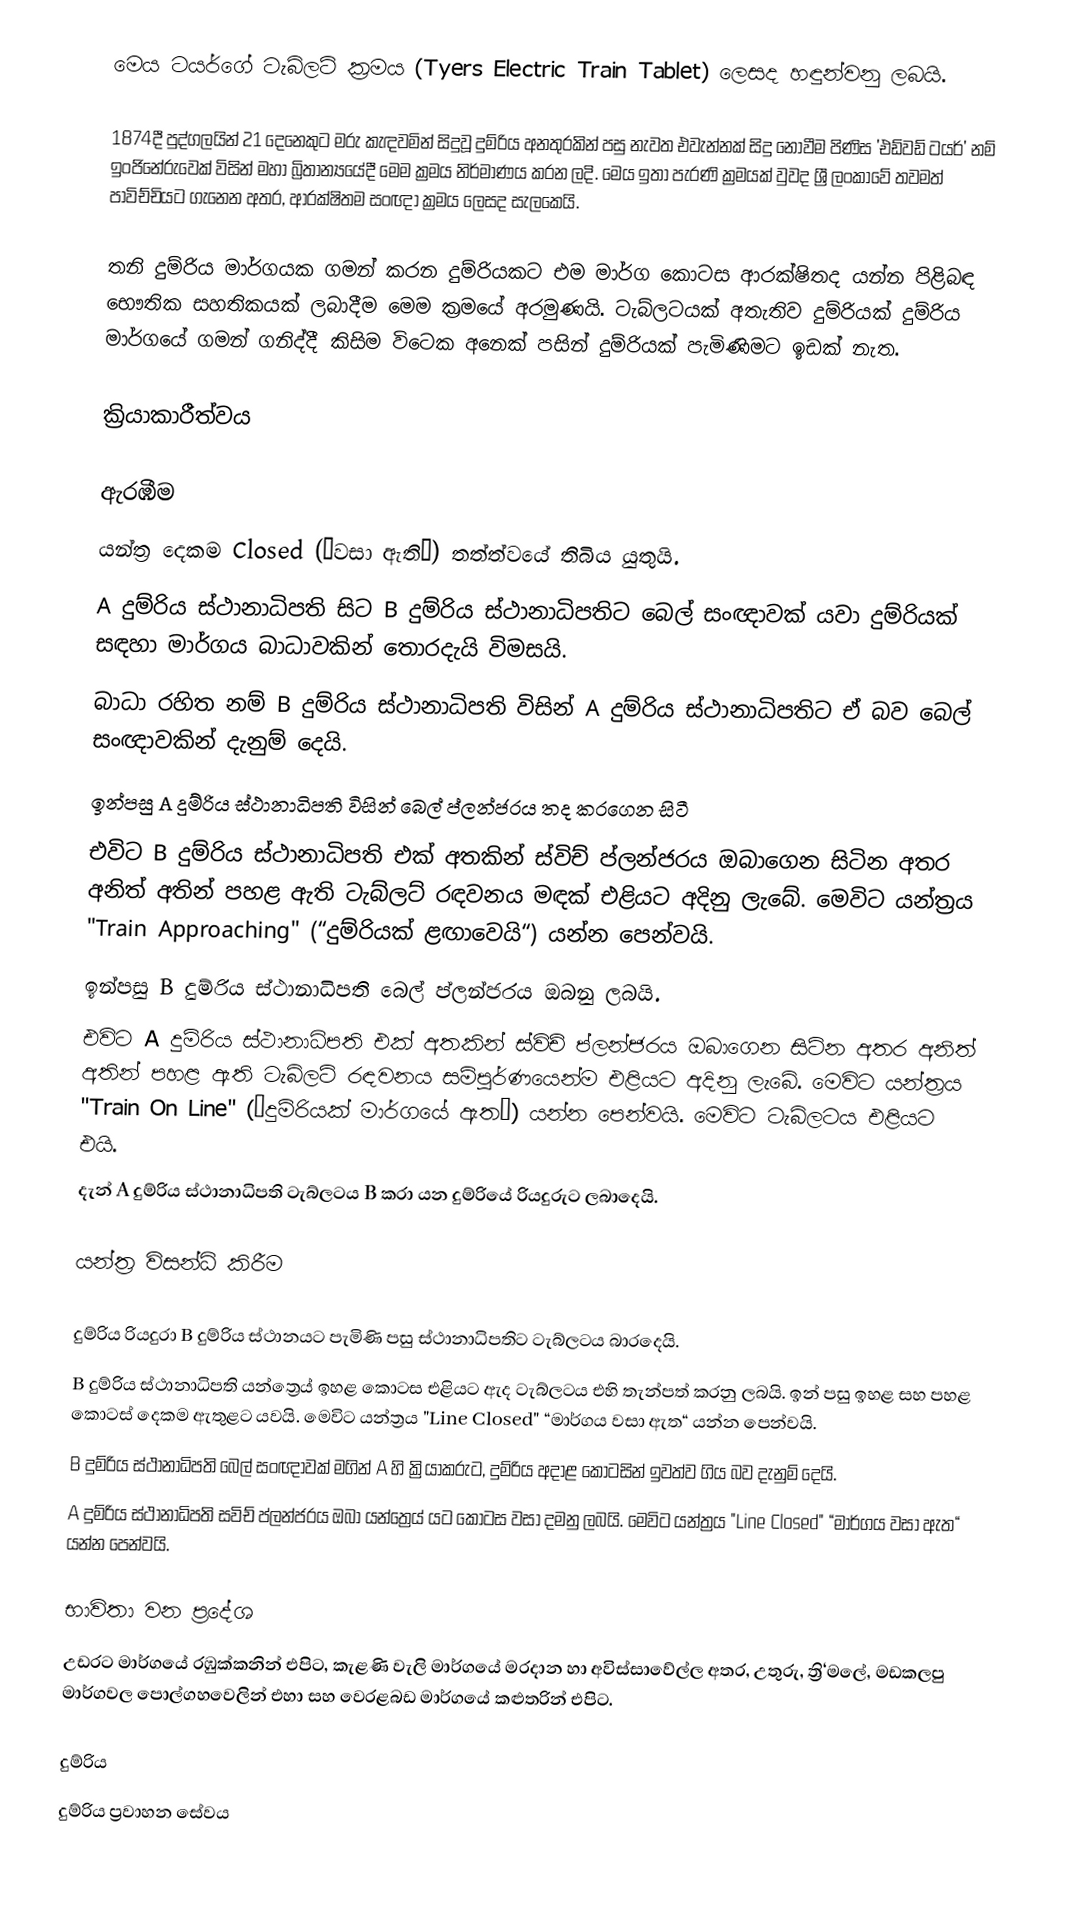
මෙය ටයර්ගේ ටැබ්ලට් ක්‍රමය (Tyers Electric Train Tablet) ලෙසද හඳුන්වනු ලබයි.

1874දී පුද්ගලයින් 21 දෙනෙකුට මරු කැඳවමින් සිදුවූ දුම්රිය අනතුරකින් පසු නැවත එවැන්නක් සිදු නොවීම පිණිස 'එඩ්වඩ් ටයර්' නම් ඉංජිනේරුවෙක් විසින් මහා බ්‍රිතාන්‍යයේදී මෙම ක්‍රමය නිර්මාණය කරන ලදි. මෙය ඉතා පැරණි ක්‍රමයක් වුවද ශ්‍රී ලංකාවේ තවමත් පාවිච්චියට ගැනෙන අතර, ආරක්ෂිතම සංඥා ක්‍රමය ලෙසද සැලකෙයි.

තනි දුම්රිය මාර්ගයක ගමන් කරන දුම්රියකට එම මාර්ග කොටස ආරක්ෂිතද යන්න පිළිබඳ භෞතික සහතිකයක් ලබාදීම මෙම ක්‍රමයේ අරමුණයි. ටැබ්ලටයක් අතැතිව දුම්රියක් දුම්රිය මාර්ගයේ ගමන් ගනිද්දී කිසිම විටෙක අනෙක් පසින් දුම්රියක් පැමිණිමට ඉඩක් නැත.

ක්‍රියාකාරීත්වය

ඇරඹීම
 යන්ත්‍ර දෙකම Closed (“වසා ඇති“) තත්ත්වයේ තිබිය යුතුයි.
 A දුම්රිය ස්ථානාධිපති සිට B දුම්රිය ස්ථානාධිපතිට බෙල් සංඥාවක් යවා දුම්රියක් සඳහා මාර්ගය බාධාවකින් තොරදැයි විමසයි.
 බාධා රහිත නම් B දුම්රිය ස්ථානාධිපති විසින් A දුම්රිය ස්ථානාධිපතිට ඒ බව බෙල් සංඥාවකින් දැනුම් දෙයි.
 ඉන්පසු A දුම්රිය ස්ථානාධිපති විසින් බෙල් ප්ලන්ජරය තද කරගෙන සිටී
 එවිට B දුම්රිය ස්ථානාධිපති එක් අතකින් ස්විච් ප්ලන්ජරය ඔබාගෙන සිටින අතර අනිත් අතින් පහළ ඇති ටැබ්ලට් රඳවනය මඳක් එළියට අදිනු ලැබේ. මෙවිට යන්ත්‍රය "Train Approaching" (“දුම්රියක් ළඟාවෙයි“) යන්න පෙන්වයි.
 ඉන්පසු B දුම්රිය ස්ථානාධිපති බෙල් ප්ලන්ජරය ඔබනු ලබයි.
 එවිට A දුම්රිය ස්ථානාධිපති එක් අතකින් ස්විච් ප්ලන්ජරය ඔබාගෙන සිටින අතර අනිත් අතින් පහළ ඇති ටැබ්ලට් රඳවනය සම්පූර්ණයෙන්ම එළියට අදිනු ලැබේ. මෙවිට යන්ත්‍රය "Train On Line" (“දුම්රියක් මාර්ගයේ ඇත“) යන්න පෙන්වයි. මෙවිට ටැබ්ලටය එළියට එයි.
 දැන් A දුම්රිය ස්ථානාධිපති ටැබ්ලටය B කරා යන දුම්රියේ රියදුරුට ලබාදෙයි.

යන්ත්‍ර විසන්ධි කිරීම

 දුම්රිය රියදුරා B දුම්රිය ස්ථානයට පැමිණි පසු ස්ථානාධිපතිට ටැබ්ලටය බාරදෙයි.
 B දුම්රිය ස්ථානාධිපති යන්ත්‍රෙය් ඉහළ කොටස එළියට ඇද ටැබ්ලටය එහි තැන්පත් කරනු ලබයි. ඉන් පසු ඉහළ සහ පහළ කොටස් දෙකම ඇතුළට යවයි. මෙවිට යන්ත්‍රය "Line Closed" “මාර්ගය වසා ඇත“ යන්න පෙන්වයි.
 B දුම්රිය ස්ථානාධිපති බෙල් සංඥාවක් මගින් A හි ක්‍රියාකරුට, දුම්රිය අදාළ කොටසින් ඉවත්ව ගිය බව දැනුම් දෙයි.
 A දුම්රිය ස්ථානාධිපති සවිච් ප්ලන්ජරය ඔබා යන්ත්‍රෙය් යට කොටස වසා දමනු ලබයි. මෙවිට යන්ත්‍රය "Line Closed" “මාර්ගය වසා ඇත“ යන්න පෙන්වයි.

භාවිතා වන ප්‍රදේශ
උඩරට මාර්ගයේ රඹුක්කනින් එපිට, කැළණි වැලි මාර්ගයේ මරදාන හා අවිස්සාවේල්ල අතර, උතුරු, ත්‍රි‘මලේ, මඩකලපු මාර්ගවල පොල්ගහවෙලින් එහා සහ වෙරළබඩ මාර්ගයේ කළුතරින් එපිට.

දුම්රිය
දුම්රිය ප්‍රවාහන සේවය